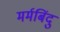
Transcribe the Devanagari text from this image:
मर्मबिंदु